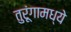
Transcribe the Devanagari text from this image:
तुरूंगामध्ये